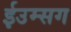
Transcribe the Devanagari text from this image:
ईउम्सग